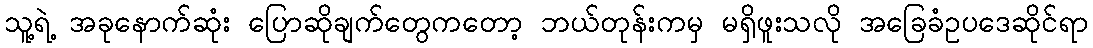
သူ့ရဲ့ အခုနောက်ဆုံး ပြောဆိုချက်တွေကတော့ ဘယ်တုန်းကမှ မရှိဖူးသလို အခြေခံဥပဒေဆိုင်ရာ